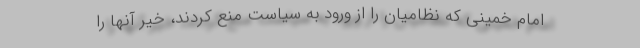
امام خمینی که نظامیان را از ورود به سیاست منع کردند، خیر آنها را